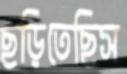
ছড়িতেছিস